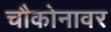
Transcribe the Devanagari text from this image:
चौकोनावर